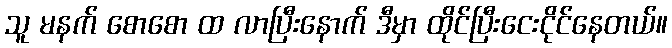
သူ မနက် စောစော ထ လာပြီးနောက် ဒီမှာ ထိုင်ပြီးငေးငိုင်နေတယ်။